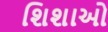
શિશાઓ